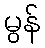
မွန်